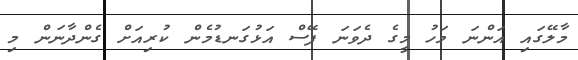
މާލޭގައި އަންނަ މަހު މީގެ ދެވަނަ ފޭސް އަޅުގަނޑުމެން ކުރިއަށް ގެންދާނަން މި